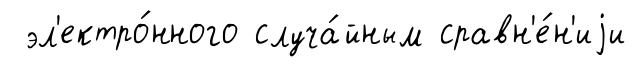
эл'ектро́нного случа́йным сравн'е́н'иjи